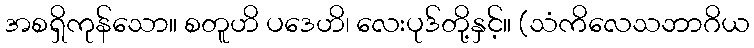
အစရှိကုန်သော။ စတူဟိ ပဒေဟိ၊ လေးပုဒ်တို့နှင့်။ (သံကိလေသဘာဂိယ